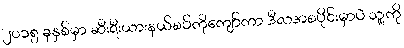
၂၀၁၅ ခုနှစ်မှာ ဆီးရီးယားနယ်စပ်ကိုကျော်ကာ ဒီလအစပိုင်းမှာပဲ သူ့ကို